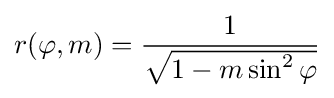
r(\varphi ,m)={\frac {1}{\sqrt {1-m\sin ^{2}\varphi }}}